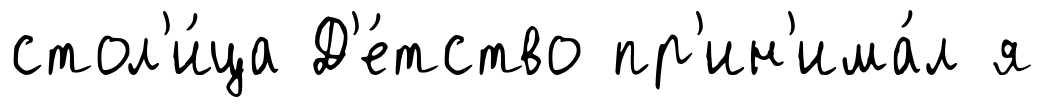
стол'и́ца Д'е́тство пр'ин'има́л я